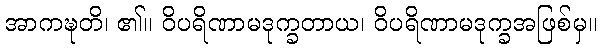
အာကဍ္ဎတိ၊ ၏။ ဝိပရိဏာမဒုက္ခတာယ၊ ဝိပရိဏာမဒုက္ခအဖြစ်မှ။